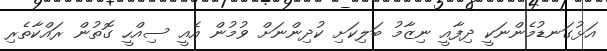
އަޅުގަނޑުމެންނަކީ ދިފާއީ ނިޒާމު ބަލިކަށި ކުދިންނަށް ވުމުން އެއީ ސިއްހީ ގޮތުން ރައްކާތެރި